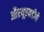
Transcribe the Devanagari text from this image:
औरयूएनडीपी